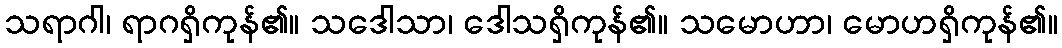
သရာဂါ၊ ရာဂရှိကုန်၏။ သဒေါသာ၊ ဒေါသရှိကုန်၏။ သမောဟာ၊ မောဟရှိကုန်၏။